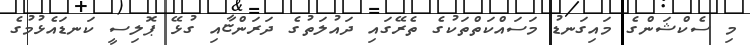
މި ސެކްޝަންގެ މައިގަނޑު މަސައްކަތްތަކުގެ ތެރޭގައި ދައުލަތުގެ ދަރަންޏާއި ގުޅޭ ޕޮލިސީ ކަނޑައެޅުމުގެ